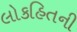
લોકહિતની